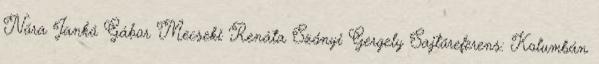
Nóra Jankó Gábor Mecseki Renáta Szőnyi Gergely Sajtóreferens: Kolumbán